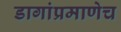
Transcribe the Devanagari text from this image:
डागांप्रमाणेच